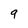
Character: 9